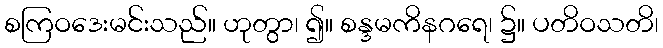
စကြဝဒေးမင်းသည်။ ဟုတွာ၊ ၍။ စန္ဒမကိနဂရေ၊ ၌။ ပတိဝသတိ၊